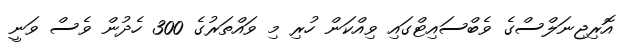
އޮރިޖިނަލްސްގެ ވެބްސައިޓްގައި ވިއްކަން ހުރި މި ވައްތަރުގެ 300 ހެދުން ވެސް ވަނީ